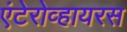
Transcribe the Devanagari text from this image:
एंटेरोव्हायरस